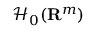
\mathcal { H } _ { 0 } ( \mathbf { R } ^ { m } )